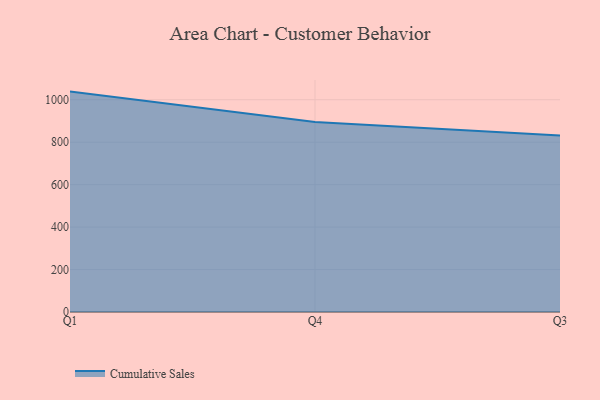
{"axis": {"x": "Quarter", "y": "Bounce Rate (%)"}, "legend": ["Cumulative Sales"], "data": [{"x": "Q1", "y": 1038.3, "type": "Cumulative Sales"}, {"x": "Q4", "y": 894.9, "type": "Cumulative Sales"}, {"x": "Q3", "y": 830.9, "type": "Cumulative Sales"}]}